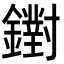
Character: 鑆